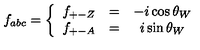
{ f } _ { a b c } = \left\{ \begin{array} { c c c } { { f } _ { + - Z } } & { = } & { - i \cos \theta _ { W } } \\ { { f } _ { + - A } } & { = } & { i \sin \theta _ { W } } \\ \end{array} \right.